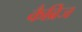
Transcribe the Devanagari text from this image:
कैब्रिज